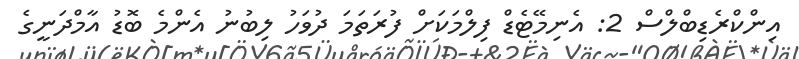
އިންކްރެޑިބްލްސް 2: އެނިމޭޓެޑް ފިލްމަކަށް ފުރަތަމަ ދުވަހު ލިބުނު އެންމެ ބޮޑު އާމްދަނީގެ